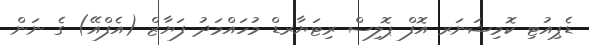
ޑެޕިއުޓި ކޮމިޝަނަރ އޮފް ޕޮލިސް ރިޓަޔާރޑް މުހައްމަދު ފަޔާޒް (އެފްއޭ) ގެ ނަން